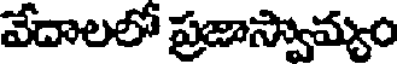
వేదాలలో ప్రజాస్వామ్యం